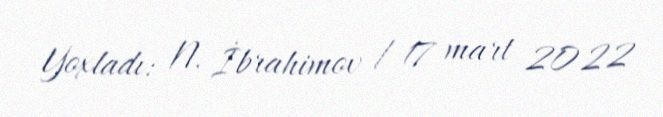
Yoxladı: N. İbrahimov / 17 mart 2022